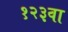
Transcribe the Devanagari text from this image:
१२३वा